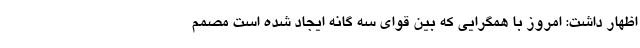
اظهار داشت: امروز با همگرایی که بین قوای سه گانه ایجاد شده است مصمم